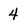
Character: 4